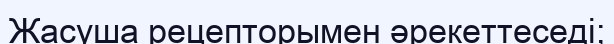
Жасуша рецепторымен әрекеттеседі;